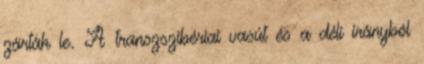
zárták le. A transzszibériai vasút és a déli irányból